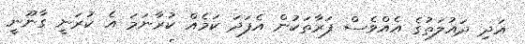
އަދި ދައުލަތުގެ އެއްވެސް ފަރާތަކުން އެފަދަ ކަމެއް ކުރާނަމަ އެ ކުރަނީ ގާނޫނީ